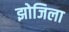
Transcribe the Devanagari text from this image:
झोजिला